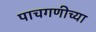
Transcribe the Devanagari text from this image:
पाचगणीच्या